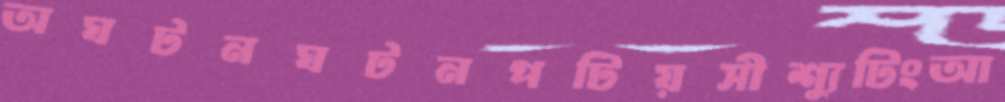
অঘটনঘটনপটিয়সীশ্যুটিংআ